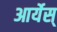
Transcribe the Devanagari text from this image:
आर्येस्